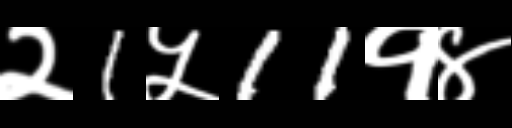
Text: २1५11१४